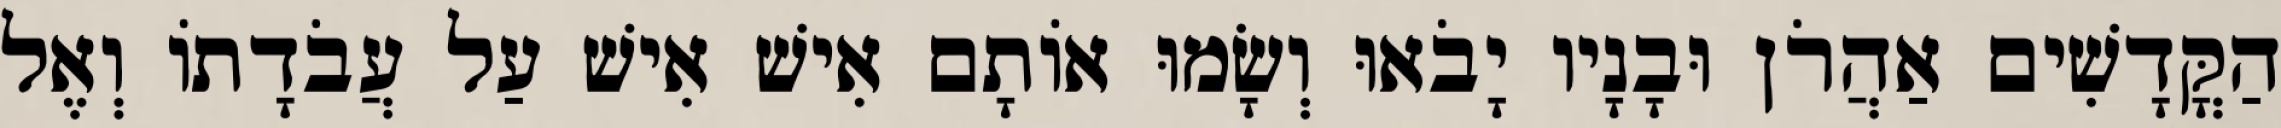
הַקֳּדָשִׁים אַהֲרֹן וּבָנָיו יָבֹאוּ וְשָׂמוּ אוֹתָם אִישׁ אִישׁ עַל עֲבֹדָתוֹ וְאֶל